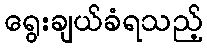
ရွေးချယ်ခံရသည့်